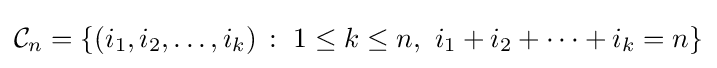
{\mathcal {C}}_{n}=\{(i_{1},i_{2},\dots ,i_{k})\,:\ 1\leq k\leq n,\ i_{1}+i_{2}+\cdots +i_{k}=n\}